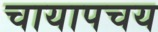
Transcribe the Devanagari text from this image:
चायापचय